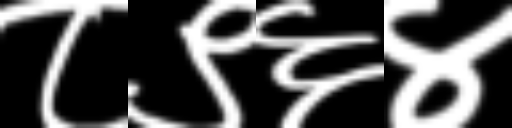
Text: ८९६४